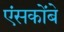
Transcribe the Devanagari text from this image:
एंसकोंबे